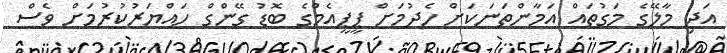
އަދި މާލޭގެ މަގުތައް އަމާންތަނަކަށް ހެދުމަށް ޕީޕީއެމްގެ ބޮޑު ގޭންގް ހައްޔަރުކުރުމަށް ވެސް